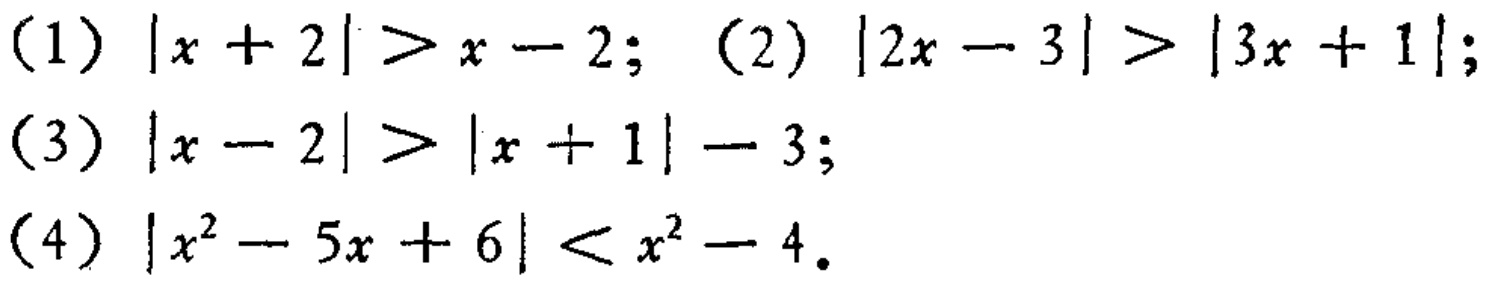
(1) \(|x + 2|>x - 2\); (2) \(|2x - 3|>|3x + 1|\);
(3) \(|x - 2|>|x + 1|- 3\);
(4) \(|x^{2}-5x + 6|<x^{2}-4\).